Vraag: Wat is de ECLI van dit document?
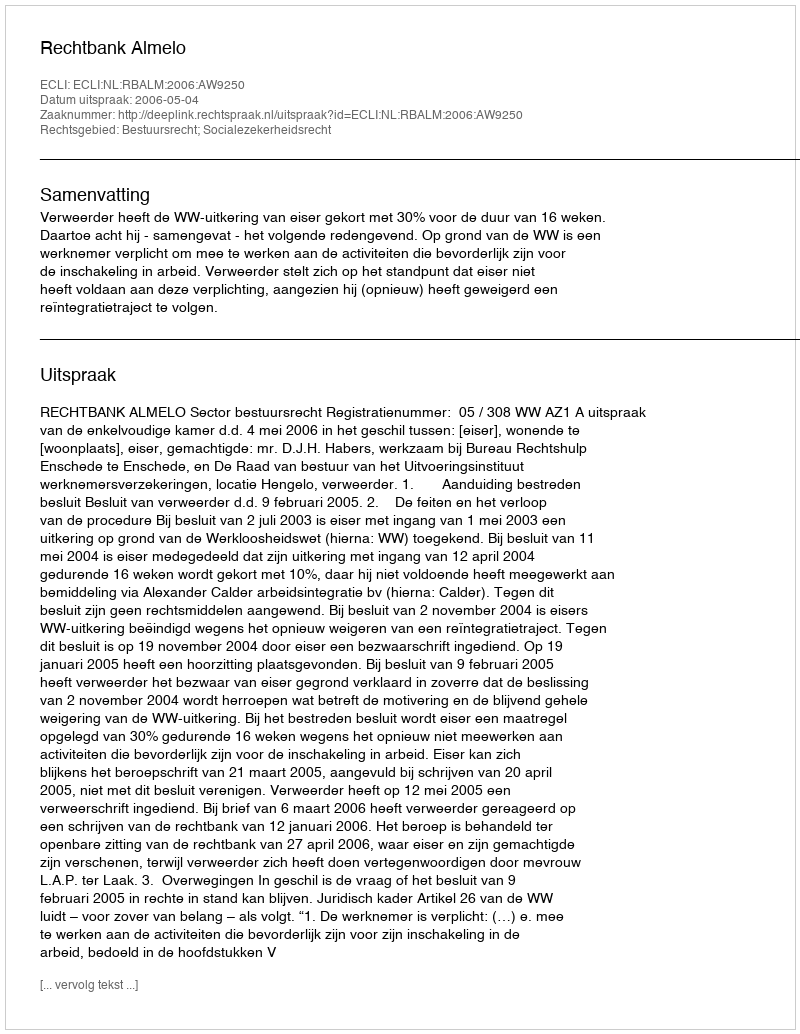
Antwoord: ECLI:NL:RBALM:2006:AW9250